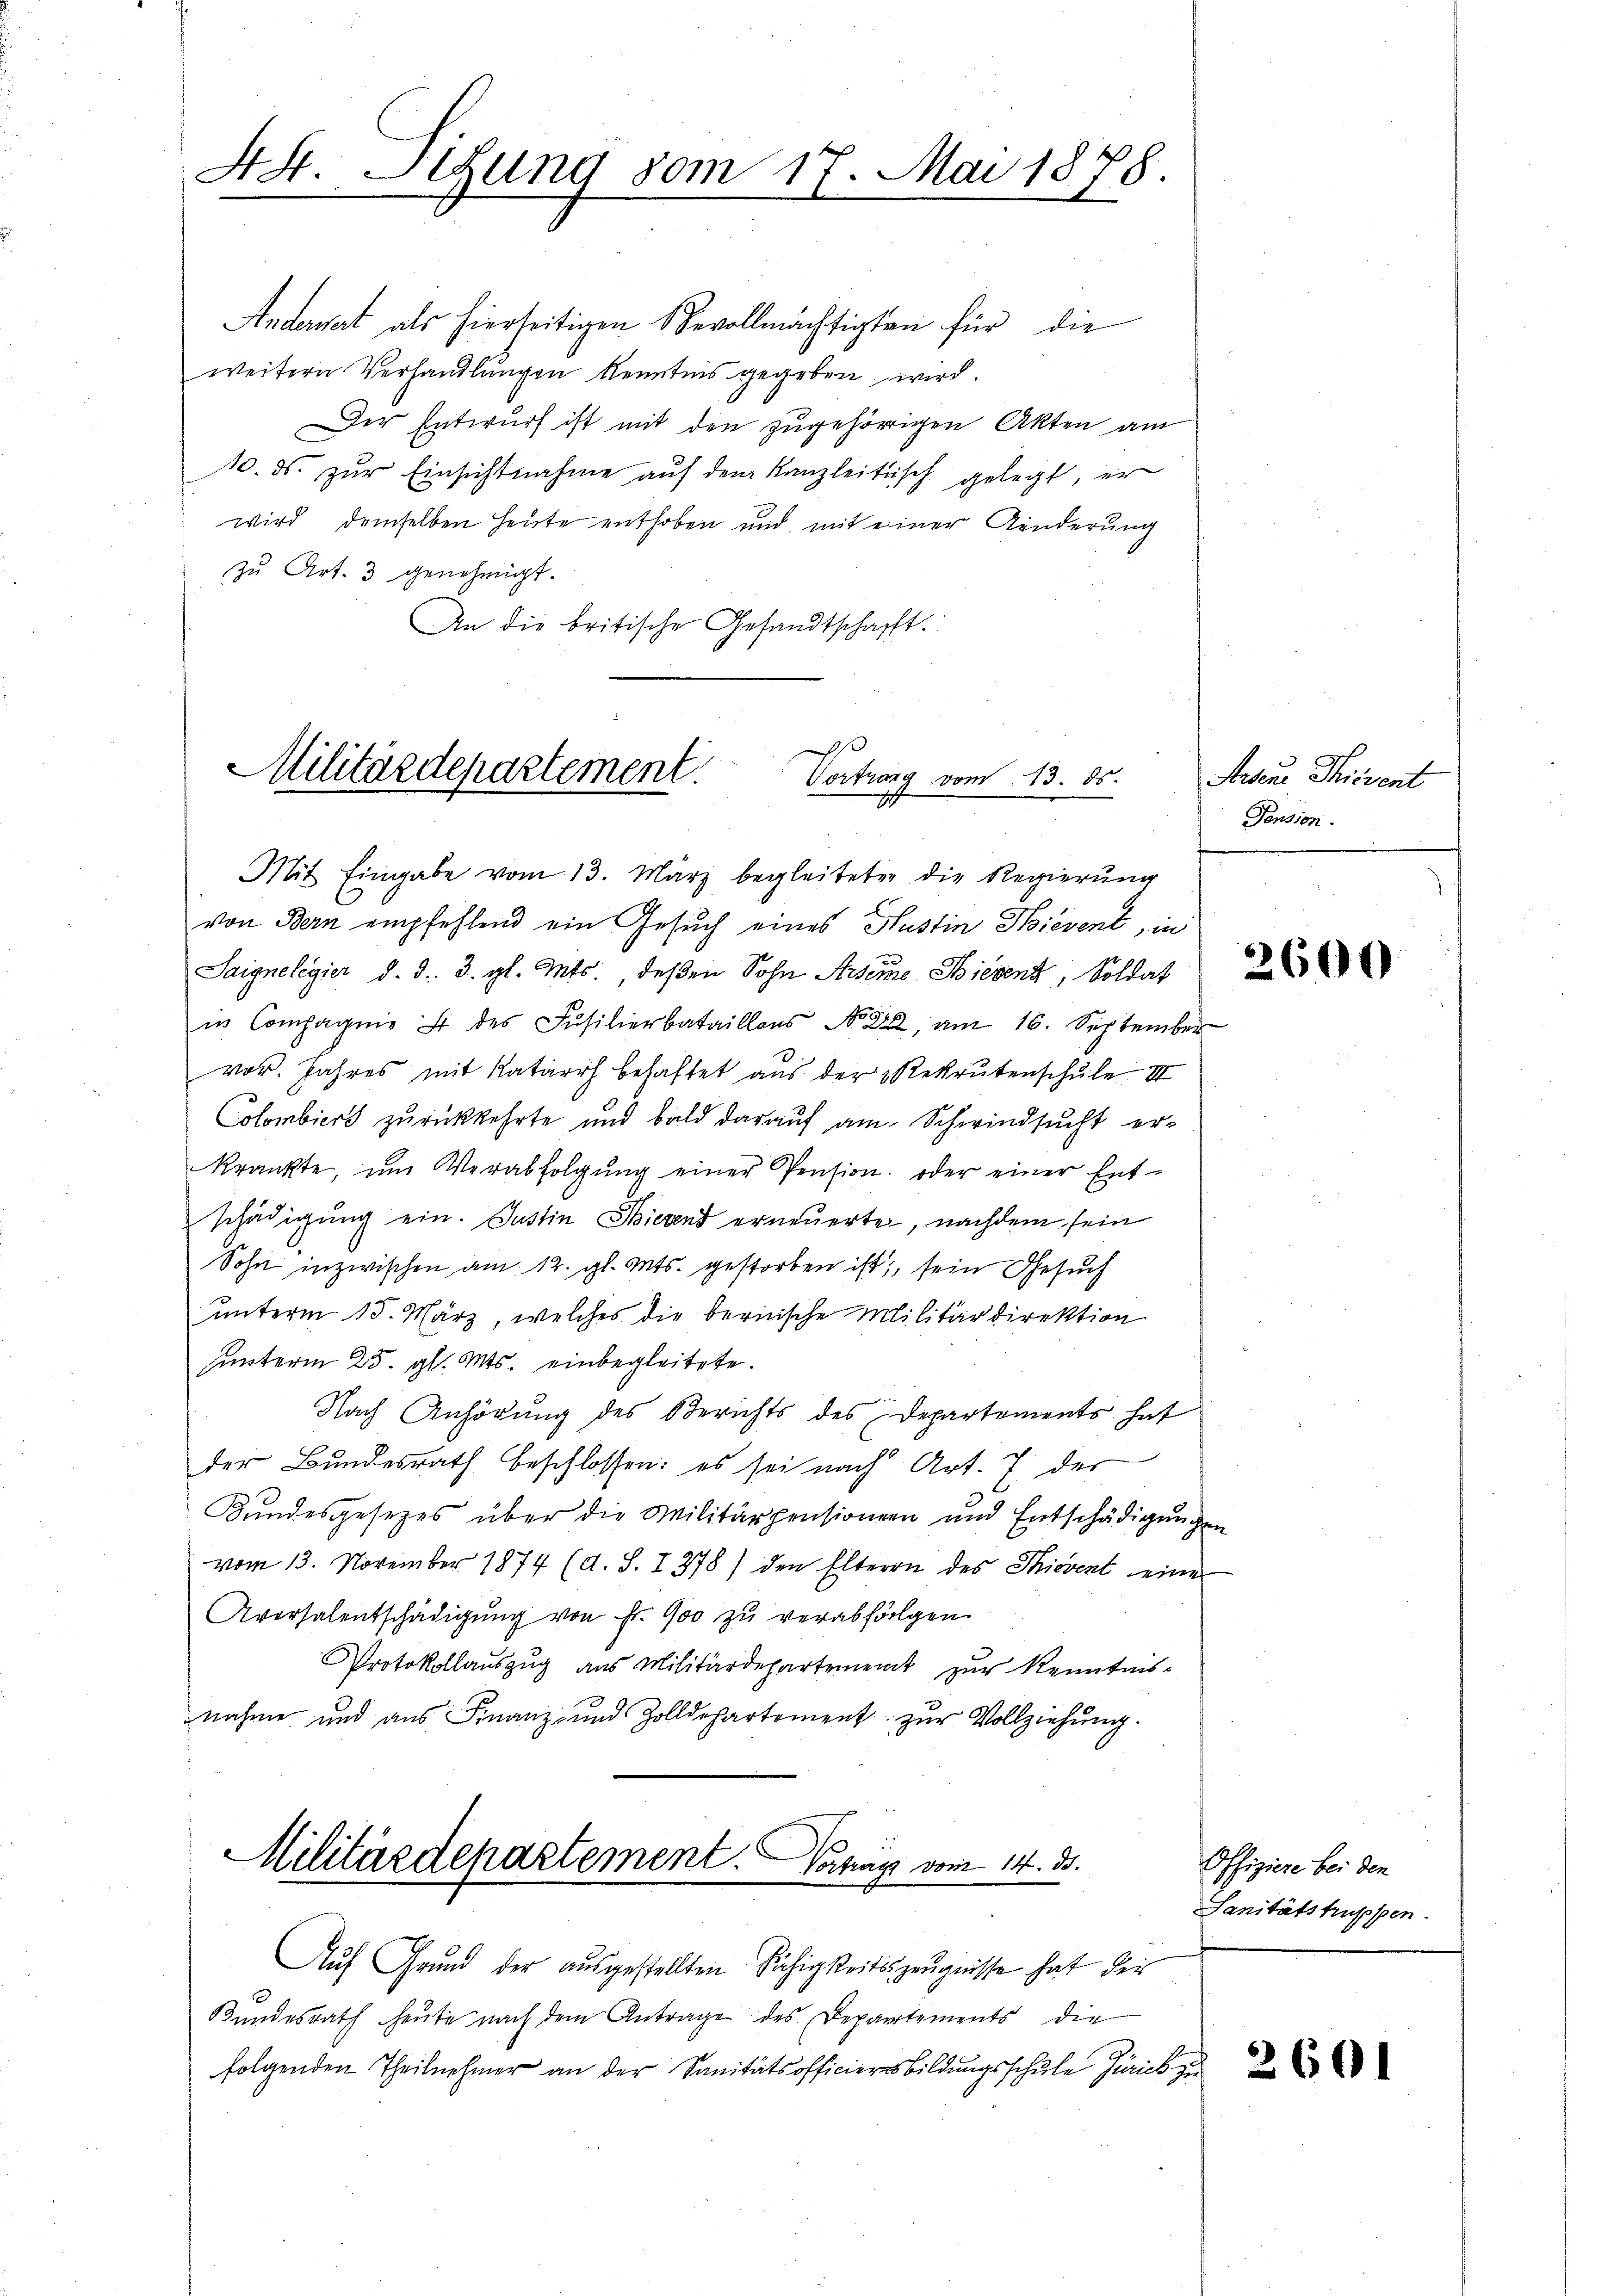
44. Sigung vom 17. Mai 1878.

Anderart als hierseitigen Bevollmächtigten für die
weitern Verhandlungen kenntnis gegeben wird.
Der Entwurf ist mit den zugehörigen Akten am
10. ds. zŭr Einsichtnahme auf dem Kanzleitisch gelegt, er
wird demselben heute enthoben und mit einer Kinderung
zu Art. 3 genehmigt.
An die britische Gesandtschafft.

Militärdepartement
Vortrang vom 13. ds.

vor. Jahres mit Katarrh behaftet aus der Rekrutenschule II
Colombiert zurückkehrte und bald darauf am Schwindsucht erkränkte, ŭm Verabfolgŭng einer Pension, oder einer Ent-
schädigung ein. Justin Thierend erneuerte, nachdem sein
Sohn inzwischen am 12. gl. Mts. gestorben ist; sein Gesuch
unterm 15. März, welches die bernische Militärdirektion
hunterm 25. gl. Mts. einbegleitete.
Nach Anhörung des Berichts des Departements hat
der Bundesrath beschlossen: es sei nach Art. 7. der
Bŭndesgesetzes über die Militärpensionen und Entschädigŭngen
vom 13. November 1874 (d. S. 1278) den Eltern des Thierent eine
Aversalentschädigung von Fr. 900 zu verabfolgen
Protokollaŭszŭg ans Militärdepartement zŭr Kenntnis-
nahme und ans Finanz- und Zolldepartement zŭr Vollziehŭng.
Militärdepartement. Vorhays vom 14. ds.

Mit Eingabe vom 13. März begleiteten die Regierŭng
von Bern empfehlend ein Gesuch eines Hustin Hoevent, in
Saignelegier d. d. J. gl. Mts., deßen Sohn Arsene Bierenz, Soldat
in Compagnie 4 des Füsilierbataillons No. 22, am 16. September

Auf Grund der aŭsgestellten Fähigkeitszeugnisse hat der
Bundesrath heute nach dem Antrage des Departements die
folgenden Theilnehmer an der Sanitätsofficieresbildungsschule Zürich zu

Aesene Thierent
Pension.

2600

Offiziere bei den
Sanitätstruppen.

260